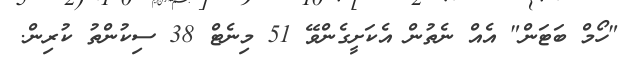
"ހޯމް ބަޓަން" އެއް ނެތުން އެކަށީގެންވޭ 51 މިނެޓް 38 ސިކުންތު ކުރިން.